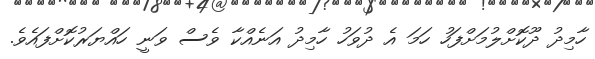
ހާމިދު ދޫކޮށްލުމަށްފަހު ހަމަ އެ ދުވަހު ހާމިދު އަނެއްކާ ވެސް ވަނީ ހައްޔަރުކޮށްފައެވެ.